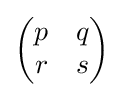
{\begin{pmatrix}p&q\\r&s\end{pmatrix}}